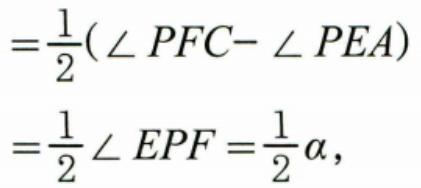
$\begin{align*}
&=\frac{1}{2}(\angle PFC - \angle PEA)\\
&=\frac{1}{2}\angle EPF=\frac{1}{2}\alpha,
\end{align*}$